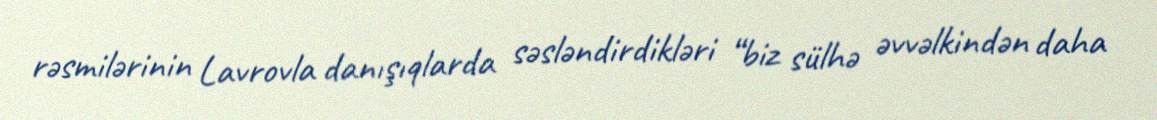
rəsmilərinin Lavrovla danışıqlarda səsləndirdikləri “biz sülhə əvvəlkindən daha